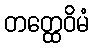
တတ္ထေဝိမံ